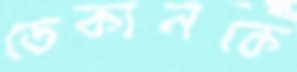
ডেকানকে